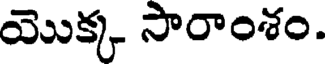
యొక్క సారాంశం.